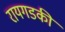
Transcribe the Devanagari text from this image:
रायगडकी